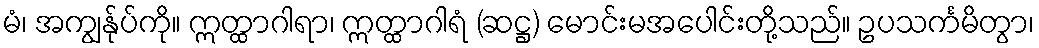
မံ၊ အကျွန်ုပ်ကို။ ဣတ္ထာဂါရာ၊ ဣတ္ထာဂါရံ (ဆဋ္ဌ) မောင်းမအပေါင်းတို့သည်။ ဥပသင်္ကမိတွာ၊